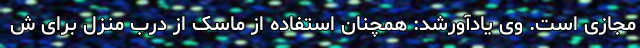
مجازی است. وی یادآورشد: همچنان استفاده از ماسک از درب منزل برای ش